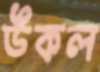
উকল